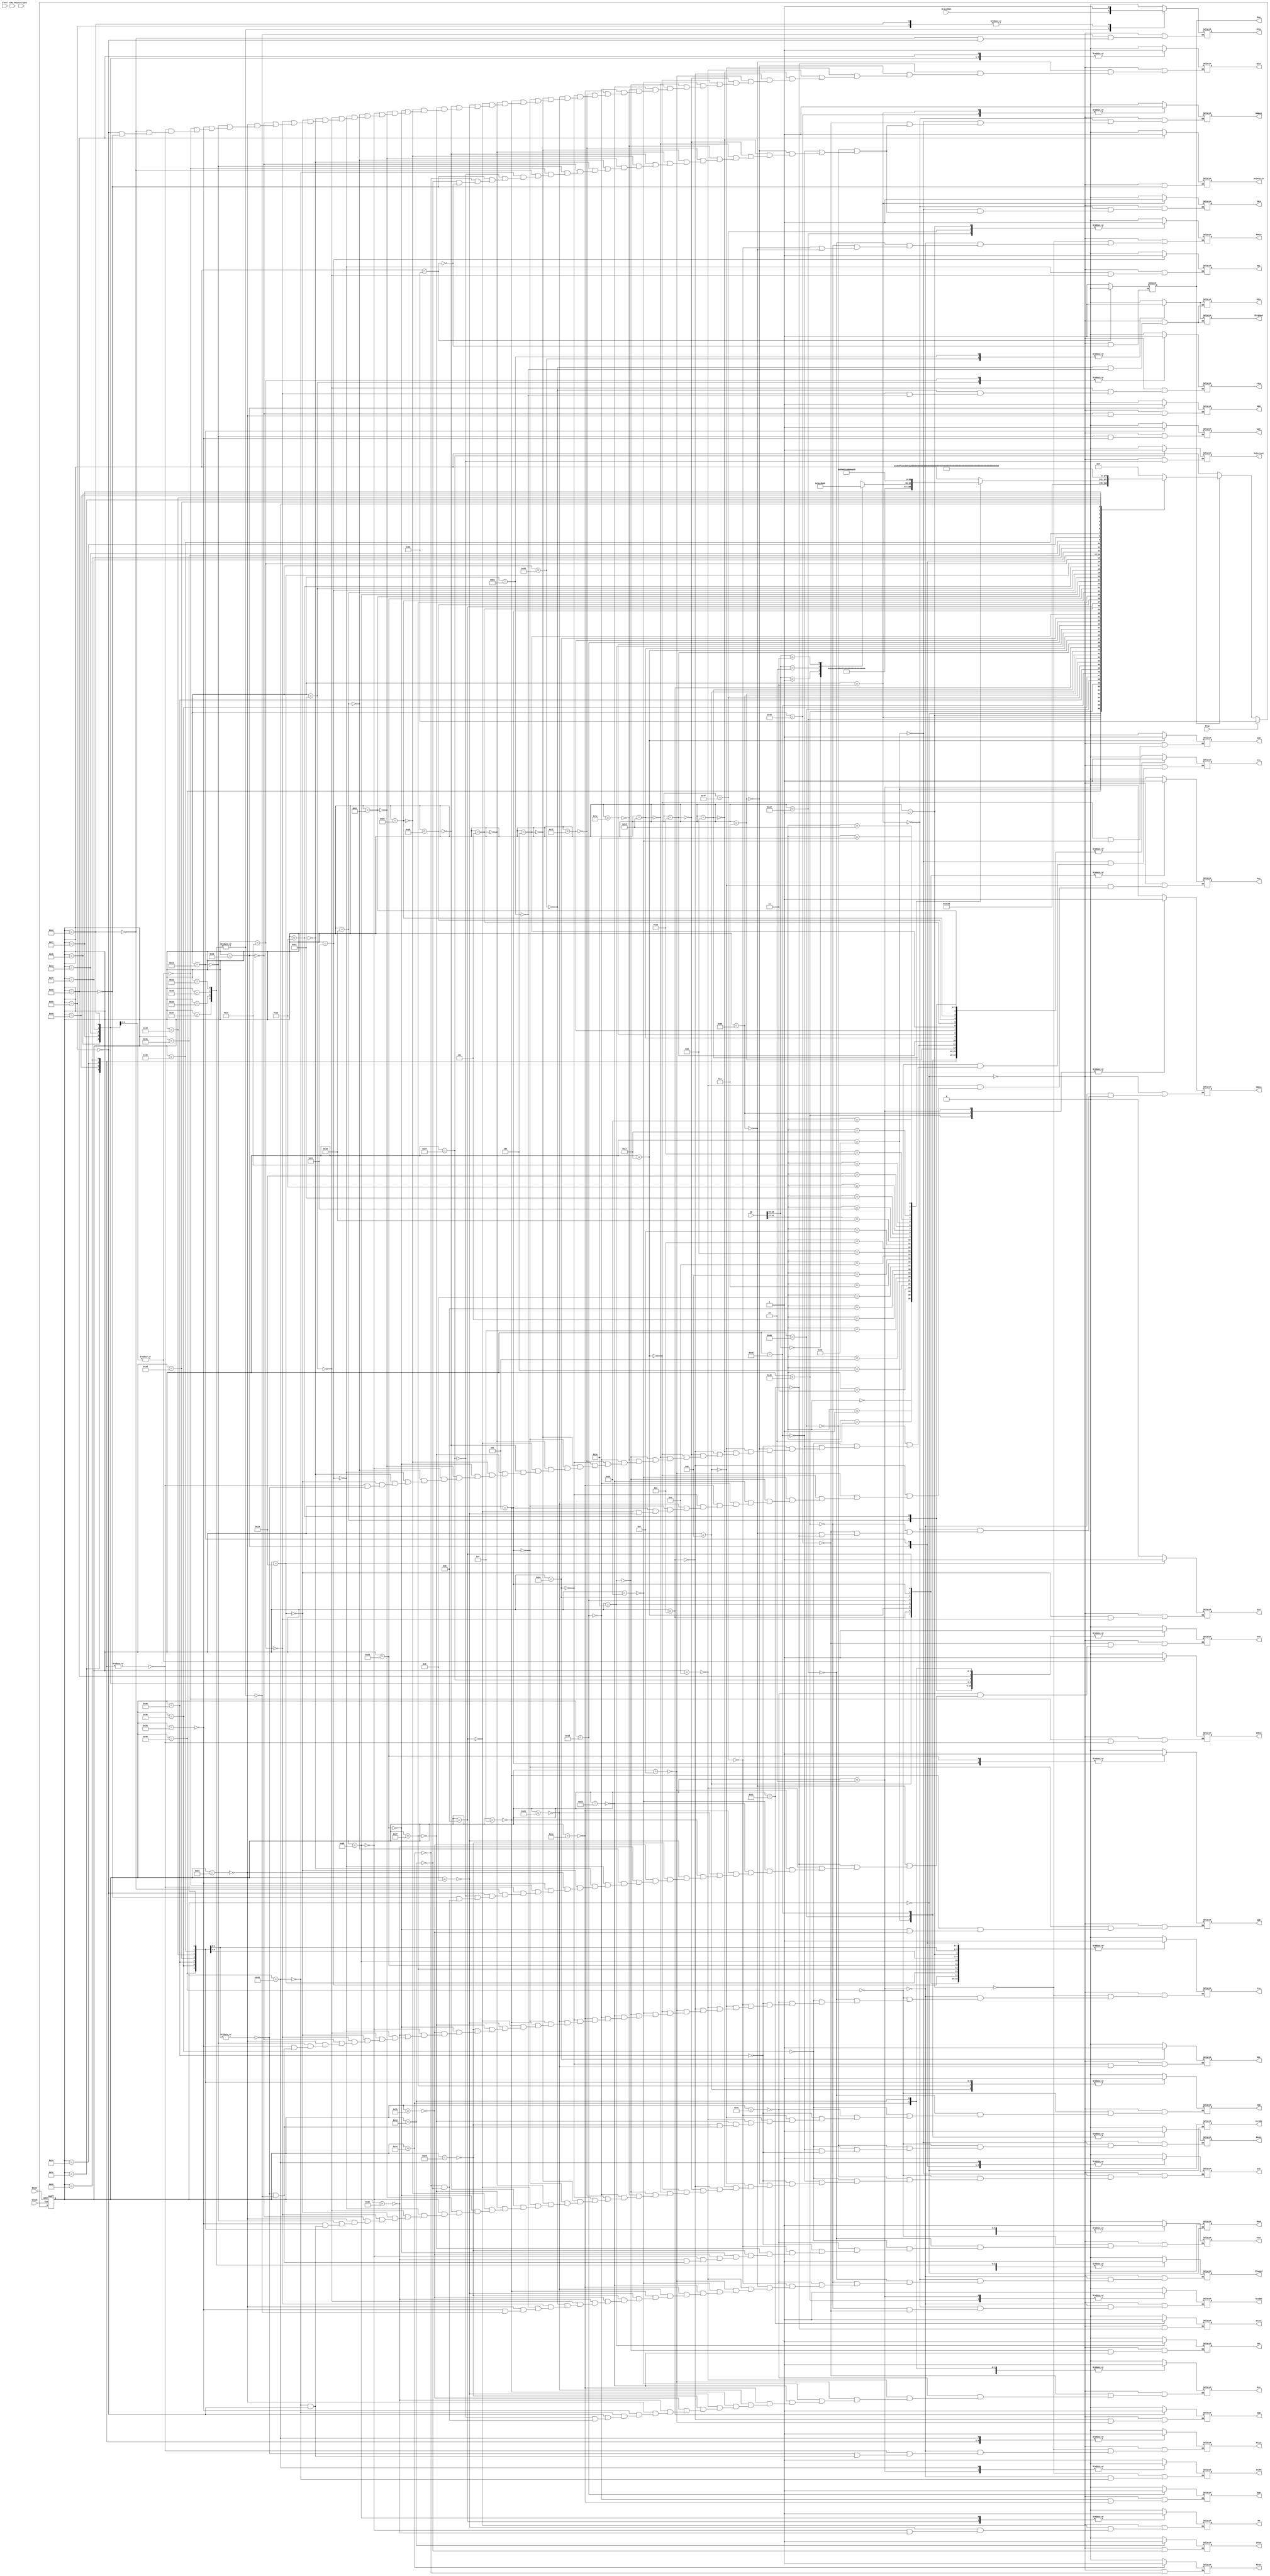
`timescale 1ns/10ps
module ControlUnit(
	output reg	Gra, Grb, Grc, Rin, Rout, Cout, BAout,
					LOout, HIout, Zlowout, Zhighout, MDRout, PCout, 
					LOin, HIin, CONin, PCin, IRin, Yin, Zin, MARin, MDRin, OutPortin, InPortout,
					IncPC, Read, Write, ReadEn, Strobe, Run,
					AND, OR, ADD, SUB, MUL, DIV, SHR, SHL, ROR, ROL, NEG, NOT,
	input [31:0] IR,
	input			Clock, Clear, Reset, Stop, CON_FF, Interrupts, BranchMet
);
	
	parameter	Reset_state = 7'd0, fetch0 = 7'd1, fetch1 = 7'd2, fetch2 = 7'd3,
					and3 = 7'd4, and4 = 7'd5, and5 = 7'd6, or3 = 7'd7, or4 = 7'd8, or5 = 7'd9, 
					add3 = 7'd10, add4 = 7'd11, add5 = 7'd12, sub3 = 7'd13, sub4 = 7'd14, sub5 = 7'd15,
					mul3 = 7'd16, mul4 = 7'd17, mul5 = 7'd18, mul6 = 7'd82, div3 = 7'd19, div4 = 7'd20, div5 = 7'd21, div6 = 7'd83,
					shr3 = 7'd22, shr4 = 7'd23, shr5 = 7'd24, shl3 = 7'd25, shl4 = 7'd26, shl5 = 7'd27, 
					ror3 = 7'd28, ror4 = 7'd29, ror5 = 7'd30, rol3 = 7'd31, rol4 = 7'd32, rol5 = 7'd33, 
					neg3 = 7'd34, neg4 = 7'd35, not3 = 7'd36, not4 = 7'd37, addi3 = 7'd38, addi4 = 7'd39, addi5 = 7'd40,
					andi3 = 7'd41, andi4 = 7'd42, andi5 = 7'd43, ori3 = 7'd44, ori4 = 7'd45, ori5 = 7'd46,
					brzr3 = 7'd47, brzr4 = 7'd48, brzr5 = 7'd49, brzr6 = 7'd50, brnz3 = 7'd51, brnz4 = 7'd52, brnz5 = 7'd53, brnz6 = 7'd54,
					brpl3 = 7'd55, brpl4 = 7'd56, brpl5 = 7'd57, brpl6 = 7'd58, brmi3 = 7'd59, brmi4 = 7'd60, brmi5 = 7'd61, brmi6 = 7'd62,
					in3 = 7'd63, out3 = 7'd64, jal3 = 7'd65, jal4 = 7'd86, jr3 = 7'd66, mflo3 = 7'd67, mfhi3 = 7'd68,
					ld3 = 7'd69, ld4 = 7'd70, ld5 = 7'd71, ld6 = 7'd72, ld7 = 7'd73, ldi3 = 7'd74, ldi4 = 7'd75, ldi5 = 7'd76,
					st3 = 7'd77, st4 = 7'd78, st5 = 7'd79, st6 = 7'd80, st7 = 7'd81, nop = 7'd84, halt = 7'd85;
	
	reg	[6:0] Present_state = Reset_state;
	
	always @(posedge Clock, posedge Reset)	begin
		#1
		if (Reset == 1'b1) Present_state = Reset_state;
		else if(Stop == 1)
			Present_state = halt;
		else if(Run == 1)
			case(Present_state)
				Reset_state	:	Present_state = fetch0;
				fetch0		:	Present_state = fetch1;
				fetch1		:	Present_state = fetch2;
				fetch2		:	begin
										case(IR[31:27])
											5'b00000	:	Present_state = ld3;
											5'b00001	:	Present_state = ldi3;
											5'b00010	:	Present_state = st3;
											5'b00011	:	Present_state = add3;
											5'b00100	:	Present_state = sub3;
											5'b00101	:	Present_state = shr3;
											5'b00110	: 	Present_state = shl3;
											5'b00111	:	Present_state = ror3;
											5'b01000	:	Present_state = rol3;
											5'b01001	:	Present_state = and3;
											5'b01010	:	Present_state = or3;
											5'b01011	:	Present_state = addi3;
											5'b01100	:	Present_state = andi3;
											5'b01101	:	Present_state = ori3;
											5'b01110	:	Present_state = mul3;
											5'b01111	:	Present_state = div3;
											5'b10000	:	Present_state = neg3;
											5'b10001	:	Present_state = not3;
											5'b10010	:	begin
																case(IR[20:19])
																	2'b00	:	Present_state = brzr3;
																	2'b01	:	Present_state = brnz3;
																	2'b10	:	Present_state = brpl3;
																	2'b11	:	Present_state = brmi3;
																endcase
															end
											5'b10011	:	Present_state = jr3;
											5'b10100	:	Present_state = jal3;
											5'b10101	:	Present_state = in3;
											5'b10110	:	Present_state = out3;
											5'b10111	:	Present_state = mfhi3;
											5'b11000	:	Present_state = mflo3;
											5'b11001	:	Present_state = nop;
											5'b11010	:	Present_state = halt;
										endcase
									end
				
				ld3			:	Present_state = ld4;
				ld4			:	Present_state = ld5;
				ld5			:	Present_state = ld6;
				ld6			:	Present_state = ld7;
				ld7			:	Present_state = Reset_state;
				
				ldi3			: 	Present_state = ldi4;
				ldi4			: 	Present_state = ldi5;
				ldi5 			:	Present_state = Reset_state;
				
				st3			: 	Present_state = st4;
				st4			: 	Present_state = st5;
				st5			: 	Present_state = st6;
				st6			: 	Present_state = st7;
				st7 			:	Present_state = Reset_state;
				
				add3			: 	Present_state = add4;
				add4			:	Present_state = add5;
				add5 			:	Present_state = Reset_state;
				
				sub3				: 	Present_state = sub4;
				sub4				: 	Present_state = sub5;
				sub5				:	Present_state = Reset_state;
				
				shr3				: 	Present_state = shr4;
				shr4				: 	Present_state = shr5;
				shr5 				:	Present_state = Reset_state;
			
				shl3				: 	Present_state = shl4;
				shl4				: 	Present_state = shl5;
				shl5 				:	Present_state = Reset_state;
			
				ror3				: 	Present_state = ror4;
				ror4				: 	Present_state = ror5;
				ror5 				:	Present_state = Reset_state;
			
				rol3				: 	Present_state = rol4;
				rol4				: 	Present_state = rol5;
				rol5 				:	Present_state = Reset_state;
			
				and3				: 	Present_state = and4;
				and4				: 	Present_state = and5;
				and5   			:	Present_state = Reset_state;
			
				or3				: 	Present_state = or4;
				or4				: 	Present_state = or5;
				or5				:	Present_state = Reset_state;
			
				addi3				: 	Present_state = addi4;
				addi4				:	Present_state = addi5;
				addi5 				:	Present_state = Reset_state;
			
				andi3				: 	Present_state = andi4;
				andi4				: 	Present_state = andi5;
				andi5 			:	Present_state = Reset_state;
			
				ori3				: 	Present_state = ori4;
				ori4				: 	Present_state = ori5;
				ori5 				:	Present_state = Reset_state;
				
				mul3				: 	Present_state = mul4;
				mul4				: 	Present_state = mul5;
				mul5				: 	Present_state = mul6;
				mul6           :	Present_state = Reset_state;
			
				div3				: 	Present_state = div4;
				div4				: 	Present_state = div5;
				div5				: 	Present_state = div6;
				div6				:	Present_state = Reset_state;
			
				neg3				: 	Present_state = neg4;
				neg4				: 	Present_state = Reset_state;
			
				not3				: 	Present_state = not4;
				not4				: 	Present_state = Reset_state;
			
				brzr3				: 	Present_state = brzr4;
				brzr4				: 	Present_state = brzr5;
				brzr5				: 	Present_state = brzr6;
				brzr6  			:	Present_state = Reset_state;
				
				brnz3				: 	Present_state = brnz4;
				brnz4				: 	Present_state = brnz5;
				brnz5				: 	Present_state = brnz6;
				brnz6  			:	Present_state = Reset_state;
				
				brpl3				: 	Present_state = brpl4;
				brpl4				: 	Present_state = brpl5;
				brpl5				: 	Present_state = brpl6;
				brpl6  			:	Present_state = Reset_state;
				
				brmi3				: 	Present_state = brmi4;
				brmi4				: 	Present_state = brmi5;
				brmi5				: 	Present_state = brmi6;
				brmi6  			:	Present_state = Reset_state;
			
				jr3 				:	Present_state = Reset_state;
				
				jal3				: 	Present_state = jal4;
				jal4 				:	Present_state = Reset_state;
			
				in3 				:	Present_state = Reset_state;
			
				out3 				:	Present_state = Reset_state;
			
				mfhi3 			:	Present_state = Reset_state;
			
				mflo3 			:	Present_state = Reset_state;
			
				nop 				:	Present_state = Reset_state;
			
				default			:	Present_state = Reset_state;
			endcase
	end
	
	//Run instructions here
	/*Gra, Grb, Grc, Rin, Rout, Cout, BAout
					LOout, HIout, Zlowout, Zhighout, MDRout, PCout, 
					LOin, HIin, CONin, PCin, IRin, Yin, Zin, MARin, MDRin, OutPortin, InPortout,
					Read, Write, ReadEn, Run, Clear,
					AND, OR, ADD, SUB, MUL, DIV, SHR, SHL, ROR, ROL, NEG, NOT,*/
	always @(Present_state) begin
		case(Present_state) 
			Reset_state: begin
				#2
				Run <= 1;
				Gra <= 0; Grb <= 0; Grc <= 0; Rin <= 0; Rout <= 0; Cout <= 0; BAout <= 0;
				LOout <= 0; HIout <= 0; Zlowout <= 0; Zhighout <= 0; MDRout <= 0; PCout <= 0;
				LOin <= 0; HIin <= 0; CONin <= 0; PCin <= 0; IRin <= 0; Yin <= 0; Zin <= 0; MARin <= 0; MDRin <= 0; OutPortin <= 0; InPortout <= 0; 
				Read <= 0; Write <= 0; ReadEn <= 0; Strobe <= 0;
				AND <= 0; OR <= 0; ADD <= 0; SUB <= 0; MUL <= 0; DIV <= 0; SHR <= 0; SHL <= 0; ROR <= 0; ROL <= 0; NEG <= 0; NOT <= 0; 
			end
			fetch0: begin
				#5 PCout <= 1; MARin <= 1; IncPC <= 1; Zin = 1;
			end
			fetch1: begin
				#5 PCout <= 0; MARin <= 0; IncPC <= 0; Zin = 0;  
				#5 Zlowout <= 1; ReadEn <= 1; MDRin <= 1;
			end
			fetch2: begin
				#5 Zlowout <= 0; ReadEn <= 0; MDRin <= 0; 
				#5 MDRout <= 1; IRin <= 1;	
			end
			ld3: begin
				#5 MDRout <= 0; IRin <= 0;			
				#5 Grb<=1;BAout<=1;Yin<=1;
			end
			ld4: begin
				#5 Grb<=0;BAout<=0;Yin<=0;
				#5 Cout<=1; ADD <= 1;  Zin <= 1;
			end
			ld5: begin
				#5 Cout<=0; ADD <= 0;  Zin <= 0;
				#5 Zlowout <= 1;MARin<=1;
			end
			ld6: begin
				#5 Zlowout <= 0; MARin <= 0;
				#5 ReadEn <= 1; MDRin <= 1;
			end
			ld7: begin
				#5 ReadEn <= 0; MDRin <= 0;
				#5 MDRout <= 1; Gra <= 1; Rin <= 1;
				
			end
			
			ldi3: begin
				#5 MDRout <= 0; IRin <= 0;			
				#5 Grb<=1;BAout<=1;Yin<=1;
			end
			ldi4: begin
				#5 Grb<=0;BAout<=0;Yin<=0;
				#5 Cout<=1; ADD <= 1;  Zin <= 1;
			end
			ldi5: begin
				#5 Cout<=0; ADD <= 0;  Zin <= 0;
				#5 Zlowout <= 1; Gra <= 1; Rin <= 1;
				
			end
			
			st3: begin
				#5 MDRout <= 0; IRin <= 0;			
				#5 Grb<=1;BAout<=1;Yin<=1;
			end

			st4: begin
				#5 Grb<=0;BAout<=0;Yin<=0;
				#5 Cout<=1; ADD <= 1;  Zin <= 1;
			end

			st5: begin
				#5 Cout<=0; ADD <= 0;  Zin <= 0;
				#5 Zlowout <= 1;MARin<=1;
			end

			st6: begin
				#5 Zlowout <= 0; MARin <= 0;
				#5 MDRin <= 1; Gra <= 1; Rout <= 1;
			end
			st7: begin
				#5 MDRin <= 0; Gra <= 0; Rout <= 0;
				#5 Write <= 1;
				
			end
			
			add3: begin	
				#5 MDRout <= 0; IRin <= 0;
				#5 Grb <= 1; Yin <= 1; Rout <= 1;
			end
			add4: begin
				#5 Grb <= 0; Yin <= 0; Rout <= 0;
				#5 Grc <= 1; ADD <= 1; Zin <= 1; Rout <= 1;
			end
			add5: begin
				#5 Grc <= 0; ADD <= 0; Zin <= 0; Rout <= 0;
				#5 Zlowout <= 1; Gra <= 1;	Rin <= 1;	
			end
			
			sub3: begin
				#5 MDRout <= 0; IRin <= 0;
				#5 Grb <= 1; Yin <= 1;Rout <= 1;
			end
			sub4: begin
				#5 Grb <= 0; Yin <= 0; Rout <= 0;
				#5 Grc <= 1; SUB <= 1; Zin <= 1; Rout <= 1;
			end
			sub5: begin
				#5 Grc <= 0; SUB <= 0; Zin <= 0; Rout <= 0;
				#5 Zlowout <= 1; Gra <= 1;	Rin <= 1;
			end
			
			shr3: begin
				#5 MDRout <= 0; IRin <= 0;
				#5 Grb <= 1; Yin <= 1;Rout <= 1;
			end
			shr4: begin
				#5 Grb <= 0; Yin <= 0; Rout <= 0;
				#5 Grc <= 1; SHR <= 1; Zin <= 1; Rout <= 1;
			end
			shr5: begin
				#5 Grc <= 0; SHR <= 0; Zin <= 0; Rout <= 0;
				#5 Zlowout <= 1; Gra <= 1; Rin <= 1;
			end
			
			shl3: begin
				#5 MDRout <= 0; IRin <= 0;
				#5 Grb <= 1; Yin <= 1;Rout <= 1;
			end
			shl4: begin
				#5 Grb <= 0; Yin <= 0; Rout <= 0;
				#5 Grc <= 1; SHL <= 1; Zin <= 1; Rout <= 1;
			end
			shl5: begin
				#5 Grc <= 0; SHL <= 0; Zin <= 0; Rout <= 0;
				#5 Zlowout <= 1; Gra <= 1; Rin <= 1;
			end
			
			ror3: begin
				#5 MDRout <= 0; IRin <= 0;
				#5 Grb <= 1; Yin <= 1;Rout <= 1;
			end
			ror4: begin
				#5 Grb <= 0; Yin <= 0; Rout <= 0;
				#5 Grc <= 1; ROR <= 1; Zin <= 1; Rout <= 1;
			end
			ror5: begin
				#5 Grc <= 0; ROR <= 0; Zin <= 0; Rout <= 0;
				#5 Zlowout <= 1; Gra <= 1; Rin <= 1;
			end
			
			rol3: begin
				#5 MDRout <= 0; IRin <= 0;
				#5 Grb <= 1; Yin <= 1;Rout <= 1;
			end
			rol4: begin
				#5 Grb <= 0; Yin <= 0; Rout <= 0;
				#5 Grc <= 1; ROL <= 1; Zin <= 1; Rout <= 1;
			end
			rol5: begin
				#5 Grc <= 0; ROL <= 0; Zin <= 0; Rout <= 0;
				#5 Zlowout <= 1; Gra <= 1; Rin <= 1;
			end
			
			and3: begin
				#5 MDRout <= 0; IRin <= 0;
				#5 Grb <= 1; Yin <= 1;Rout <= 1;
			end
			and4: begin
				#5 Grb <= 0; Yin <= 0; Rout <= 0;
				#5 Grc <= 1; AND <= 1; Zin <= 1; Rout <= 1;
			end
			and5: begin
				#5 Grc <= 0; AND <= 0; Zin <= 0; Rout <= 0;
				#5 Zlowout <= 1; Gra <= 1; Rin <= 1;
			end
			
			or3: begin
				#5 MDRout <= 0; IRin <= 0;
				#5 Grb <= 1; Yin <= 1;Rout <= 1;
			end
			or4: begin
				#5 Grb <= 0; Yin <= 0; Rout <= 0;
				#5 Grc <= 1; OR <= 1; Zin <= 1; Rout <= 1;
			end
			or5: begin
				#5 Grc <= 0; OR <= 0; Zin <= 0; Rout <= 0;
				#5 Zlowout <= 1; Gra <= 1; Rin <= 1;
			end
			
			addi3: begin
				#5 MDRout <= 0; IRin <= 0;			
				#5 Grb<=1;Rout<=1;Yin<=1;
			end

			addi4: begin
				#5 Grb<=0;Rout<=0;Yin<=0;
				#5 Cout<=1; ADD <= 1; Zin <= 1;
			end

			addi5: begin
				#5 Cout<=0; ADD <= 0;  Zin <= 0;
				#5 Zlowout <= 1;Gra <= 1; Rin <= 1;
			end
			
			andi3: begin
				#5 MDRout <= 0; IRin <= 0;			
				#5 Grb<=1;Rout<=1;Yin<=1;
				end

			andi4: begin
				#5 Grb<=0;Rout<=0;Yin<=0;
				#5 Cout<=1; AND <= 1;  Zin <= 1;
				end

			andi5: begin
				#5 Cout<=0; AND <= 0;  Zin <= 0;
				#5 Zlowout <= 1;Gra <= 1; Rin <= 1;
				end
			
			ori3: begin
				#5 MDRout <= 0; IRin <= 0;			
				#5 Grb<=1;Rout<=1;Yin<=1;
			end

			ori4: begin
				#5 Grb<=0;Rout<=0;Yin<=0;
				#5 Cout<=1;OR <= 1;Zin <= 1;
				end

			ori5: begin
				#5 Cout<=0; OR <= 0;  Zin <= 0;
				#5 Zlowout <= 1;Gra <= 1; Rin <= 1;
				end
				
			mul3: begin
				#5 MDRout <= 0; IRin <= 0;
				#5 Gra <= 1; Yin <= 1; Rout<=1;
			end
			mul4: begin
				#5 Gra <= 0; Yin <= 0; Rout<=0;
				#5 Grb <= 1; MUL <= 1; Zin <= 1; Rout <= 1;
			end
			mul5: begin
				#5 Grb <= 0; MUL <= 0; Zin <= 0; Rout <= 0;
				#5 Zlowout <= 1; LOin <= 1;
			end
			mul6: begin
				#5 Zlowout <= 0; LOin <= 0;
				#5 Zhighout <= 1; HIin <= 1;
			end
			
			div3: begin
				#5 MDRout <= 0; IRin <= 0;
				#5 Gra <= 1; Yin <= 1; Rout<=1;
			end
			div4: begin
				#5 Gra <= 0; Yin <= 0; Rout<=0;
				#5 Grb <= 1; DIV <= 1; Zin <= 1; Rout<=1;
			end
			div5: begin
				#5 Grb <= 0; DIV <= 0; Zin <= 0; Rout<=0;
				#5 Zlowout <= 1; LOin <= 1;
			end
			div6: begin
				#5 Zlowout <= 0; LOin <= 0;
				#5 Zhighout <= 1; HIin <= 1;
			end
			
			neg3: begin
				#5 MDRout <= 0; IRin <= 0;
				#5 Grb <= 1; NEG <= 1; Zin <= 1; Rout <= 1; 
			end
			neg4: begin
				#5 Grb <= 0; NEG <= 0; Zin <= 0; Rout <= 0;
				#5 Zlowout <= 1; Gra <= 1; Rin <= 1;
			end
			
			not3: begin
				#5 MDRout <= 0; IRin <= 0;
				#5 Grb <= 1; NOT <= 1; Zin <= 1; Rout <= 1; 
			end
			not4: begin
				#5 Grb <= 0; NOT <= 0; Zin <= 0; Rout <= 0;
				#5 Zlowout <= 1; Gra <= 1; Rin <= 1;
			end
			
			brzr3, brnz3, brpl3, brmi3: begin
				#5 MDRout <= 0; IRin <= 0;			
				#5 Gra<=1;Rout<=1;CONin<=1;
			end

			brzr4, brnz4, brpl4, brmi4: begin
				#5 Gra<=0;Rout<=0;CONin<=0;
				#5 PCout <=1; Yin <=1;
				end

			brzr5, brnz5, brpl5, brmi5: begin
				#5 PCout <=0; Yin <=0;
				#5 Cout<=1; ADD <= 1;  Zin <= 1;
				end

			brzr6, brnz6, brpl6, brmi6: begin
				#5 Cout<=0; ADD <= 0;  Zin <= 0;
				#5 Zlowout <= 1;PCin <= BranchMet; 
				end
					
			jr3: begin
				#5 MDRout <= 0; IRin <= 0;			
				#5 Gra<=1;Rout<=1;PCin<=1;
			end
			
			jal3: begin
				#5 MDRout <= 0; IRin <= 0; IncPC <= 0;
				#5 Grb <= 1; Rin <= 1; PCout <= 1;
				end

			jal4: begin	
				#5 Grb <= 0; Rin <= 0; PCout <= 0;
				#5 Gra<=1;Rout<=1;PCin<=1;
				end
				
			in3: begin
				#5 MDRout <= 0; IRin <= 0;			
				#5 Gra<=1;Rin<=1;InPortout<=1;
			end
			
			out3: begin
				#5 MDRout <= 0; IRin <= 0;			
				#5 Gra<=1;Rout<=1;OutPortin<=1;
			end
			
			mfhi3: begin
				#5 MDRout <= 0; IRin <= 0;			
				#5 Gra<=1;Rin<=1;HIout<=1;
			end
			
			mflo3: begin
				#5 MDRout <= 0; IRin <= 0;			
				#5 Gra<=1;Rin<=1;LOout<=1;
				end
				
			nop: begin
				end
				
			halt: begin
				Run <= 0; MDRout <= 0; IRin <= 0;
			end
		endcase	
	end
			
	
endmodule